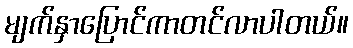
မျက်နှာပြောင်ကာတင်လာပါတယ်။